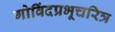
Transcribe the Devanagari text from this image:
गोविंदप्रभूचरित्र